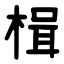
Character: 楫